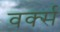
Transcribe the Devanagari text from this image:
वर्क्स